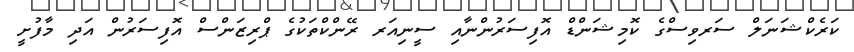
ކަރެކްޝަނަލް ސަރވިސްގެ ކޮމިޝަންޑް އޮފިސަރުންނާއި ސީނިއަރ ރޭންކްތަކުގެ ޕްރިޒަންސް އޮފިސަރުން އަދި މާފުށީ